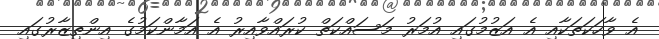
އެ ވާހަކަތަކާއި އެ އަޒުމުގައި އުމަރު މަސައްކަތް ކުރައްވާއިރު އެ އަމާންކަމުގެ އިންތިޒާރުގައި